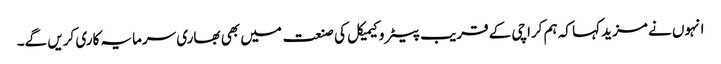
انہوں نے مزید کہا کہ ہم کراچی کے قریب پیٹرو کیمیکل کی صنعت میں بھی بھاری سرمایہ کاری کریں گے۔